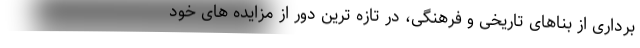
برداری از بناهای تاریخی و فرهنگی، در تازه ترین دور از مزایده های خود